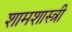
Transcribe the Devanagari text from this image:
शामशास्त्री